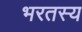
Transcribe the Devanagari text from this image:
भरतस्य